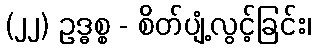
(၂၂) ဥဒ္ဓစ္စ - စိတ်ပျံ့လွင့်ခြင်း၊